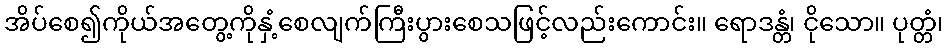
အိပ်စေ၍ကိုယ်အတွေ့ကိုနှံ့စေလျက်ကြီးပွားစေသဖြင့်လည်းကောင်း။ ရောဒန္တံ၊ ငိုသော။ ပုတ္တံ၊